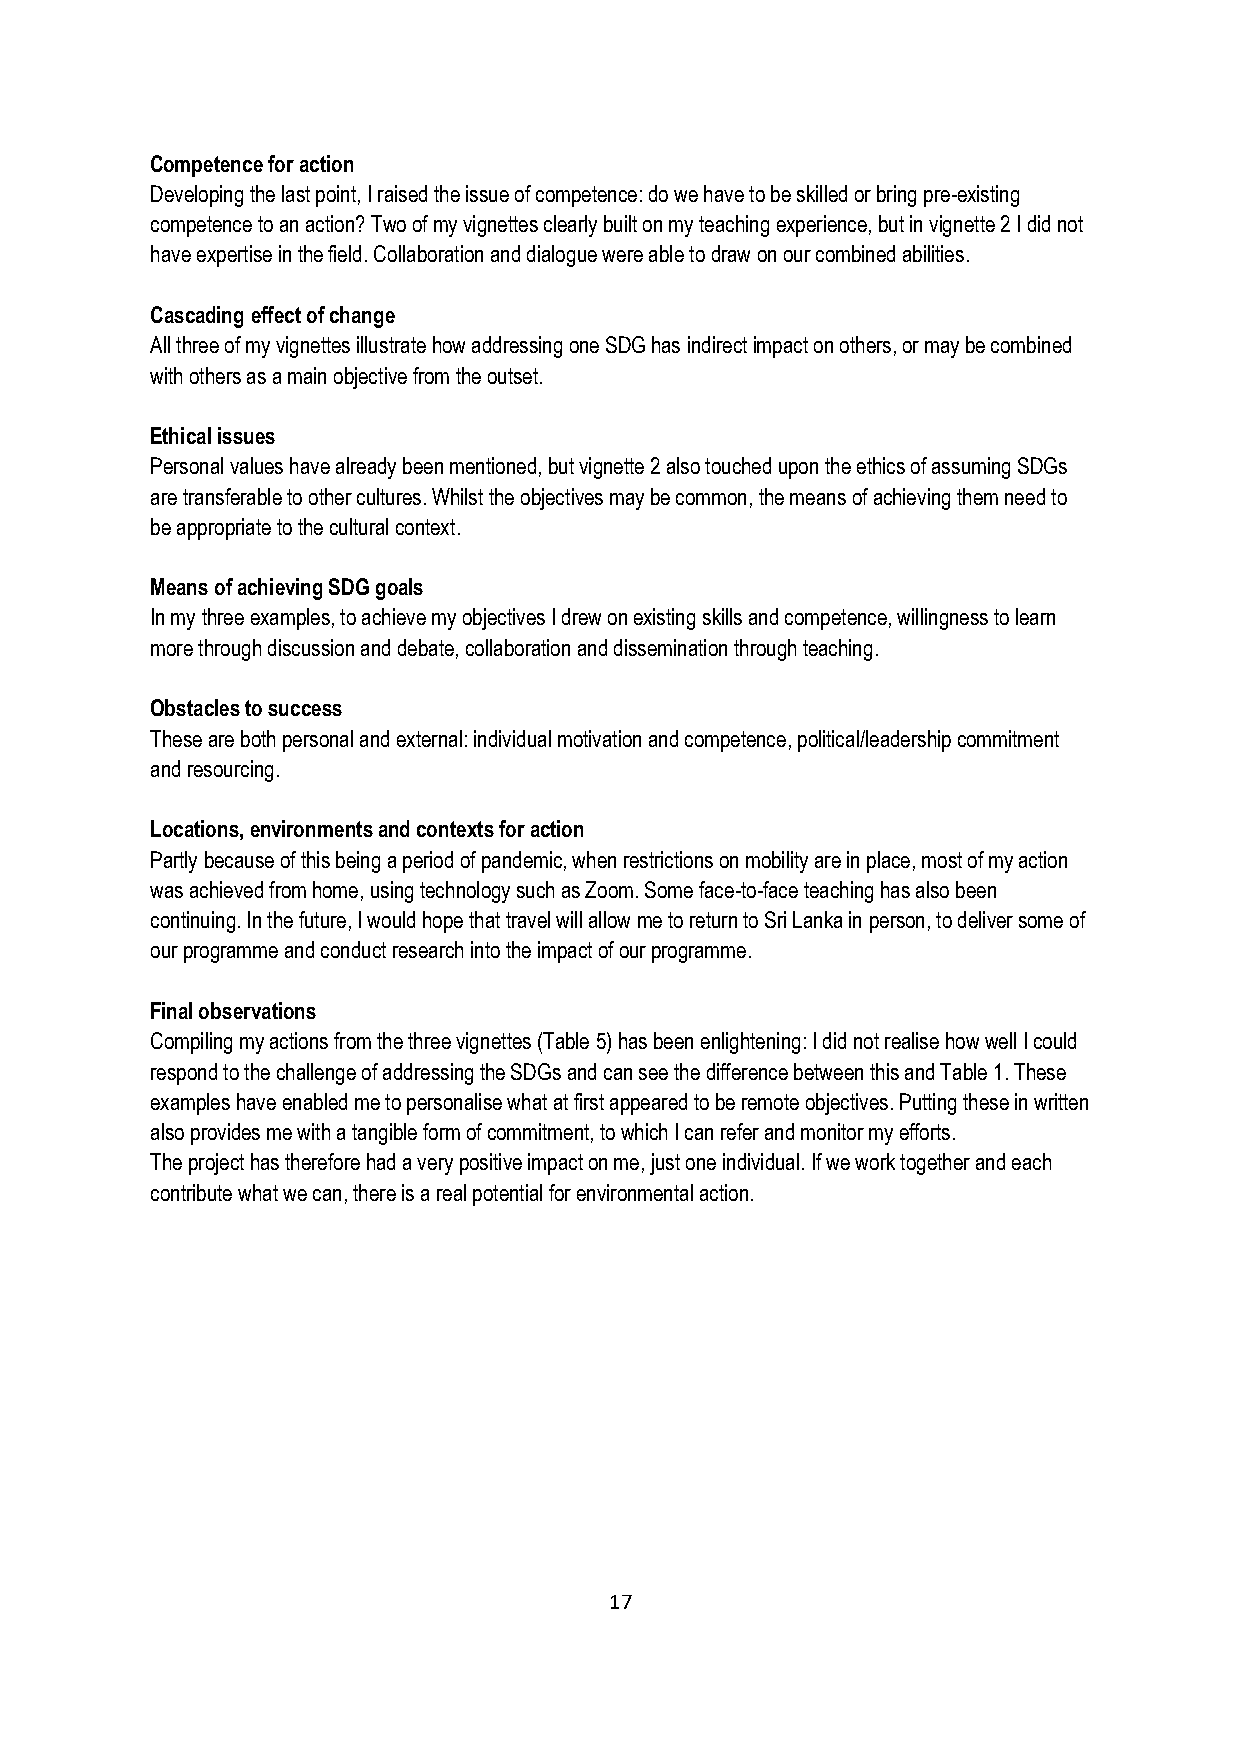
Competence for action
 Developing the last point, I raised the issue of competence: do we have to be skilled or bring pre-existing
 competence to an action? Two of my vignettes clearly built on my teaching experience, but in vignette 2 I did not
 have expertise in the field. Collaboration and dialogue were able to draw on our combined abilities.
 Cascading effect of change
 All three of my vignettes illustrate how addressing one SDG has indirect impact on others, or may be combined
 with others as a main objective from the outset.
 Ethical issues
 Personal values have already been mentioned, but vignette 2 also touched upon the ethics of assuming SDGs
 are transferable to other cultures. Whilst the objectives may be common, the means of achieving them need to
 be appropriate to the cultural context.
 Means of achieving SDG goals
 In my three examples, to achieve my objectives I drew on existing skills and competence, willingness to learn
 more through discussion and debate, collaboration and dissemination through teaching.
 Obstacles to success
 These are both personal and external: individual motivation and competence, political/leadership commitment
 and resourcing.
 Locations, environments and contexts for action
 Partly because of this being a period of pandemic, when restrictions on mobility are in place, most of my action
 was achieved from home, using technology such as Zoom. Some face-to-face teaching has also been
 continuing. In the future, I would hope that travel will allow me to return to Sri Lanka in person, to deliver some of
 our programme and conduct research into the impact of our programme.
 Final observations
 Compiling my actions from the three vignettes (Table 5) has been enlightening: I did not realise how well I could
 respond to the challenge of addressing the SDGs and can see the difference between this and Table 1. These
 examples have enabled me to personalise what at first appeared to be remote objectives. Putting these in written
 also provides me with a tangible form of commitment, to which I can refer and monitor my efforts.
 The project has therefore had a very positive impact on me, just one individual. If we work together and each
 contribute what we can, there is a real potential for environmental action.
 17